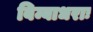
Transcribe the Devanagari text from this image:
बिम्बाधराः